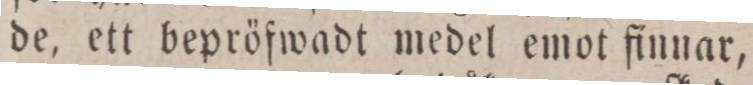
de, ett bepröfwadt medel emot finnar,